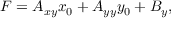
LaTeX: F = A _ { x y } x _ { 0 } + A _ { y y } y _ { 0 } + B _ { y } ,